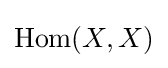
\mathrm {Hom} (X,X)